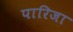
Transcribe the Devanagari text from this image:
पारिजा